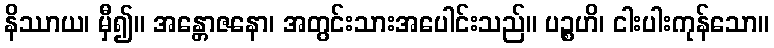
နိဿာယ၊ မှီ၍။ အန္တောဇနော၊ အတွင်းသားအပေါင်းသည်။ ပဉ္စဟိ၊ ငါးပါးကုန်သော။